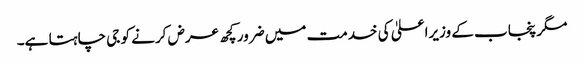
مگر پنجاب کے وزیراعلیٰ کی خدمت میں ضرور کچھ عرض کرنے کو جی چاہتا ہے۔